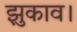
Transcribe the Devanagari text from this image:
झुकाव।